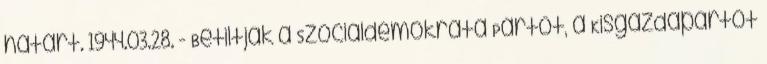
határt. 1944.03.28. - Betiltják a Szociáldemokrata Pártot, a Kisgazdapártot